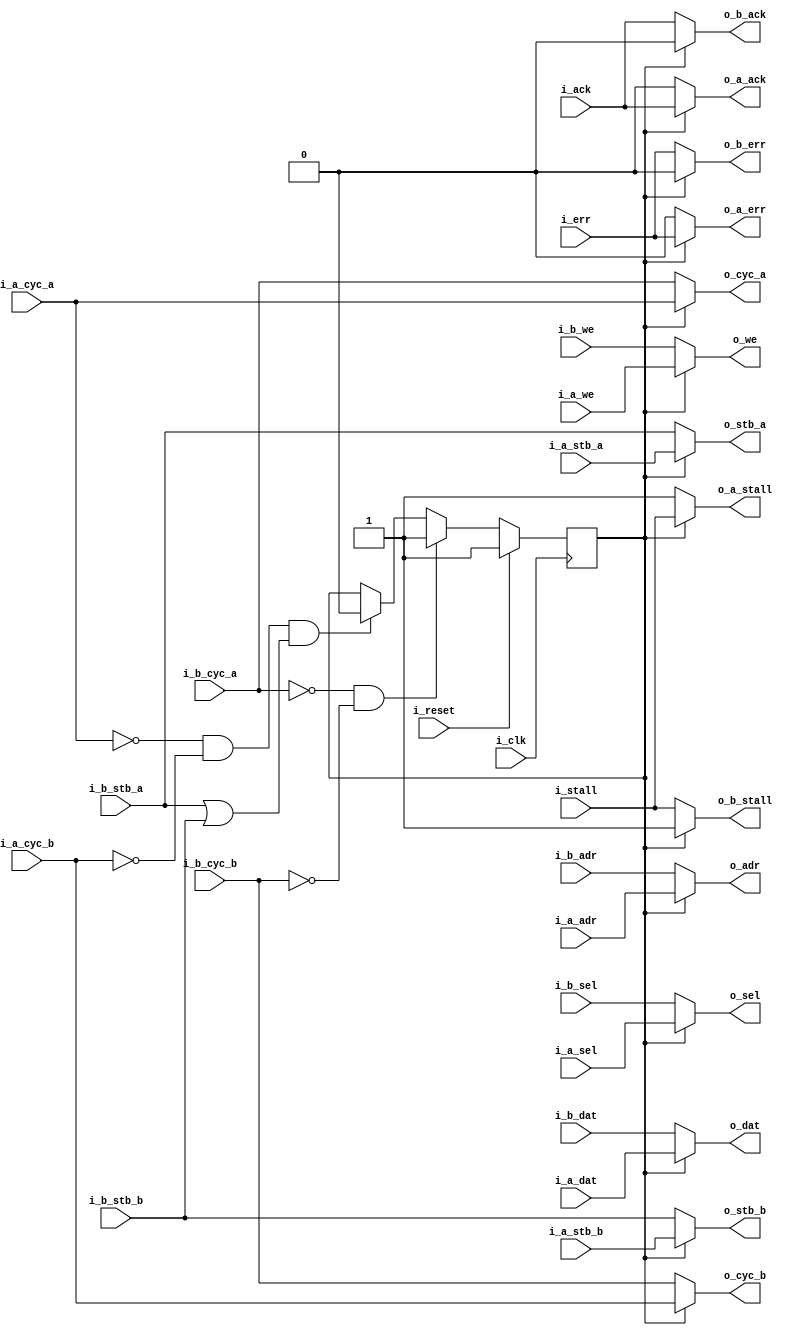
////////////////////////////////////////////////////////////////////////////////
//
//
// Project:	Zip CPU -- a small, lightweight, RISC CPU soft core
//
// Purpose:	This should almost be identical to the priority arbiter, save
//		for a simple diffence: it allows the arbitration of two
//	separate wishbone buses.  The purpose of this is to push the address
//	resolution back one cycle, so that by the first clock visible to this
//	core, it is known which of two parts of the bus the desired address
//	will be on, save that we still use the arbiter since the underlying
//	device doesn't know that there are two wishbone buses.
//
//	So at this point we've deviated from the WB spec somewhat, by allowing
//	two CYC and two STB lines.  Everything else is the same.  This allows
//	(in this case the Zip CPU) to determine whether or not the access
//	will be to the local ZipSystem bus or the external WB bus on the clock
//	before the local bus access, otherwise peripherals were needing to do
//	multiple device selection comparisons/test within a clock: 1) is this
//	for the local or external bus, and 2) is this referencing me as a
//	peripheral.  This then caused the ZipCPU to fail all timing specs.
//	By creating the two pairs of lines, CYC_A/STB_A and CYC_B/STB_B, the
//	determination of local vs external can be made one clock earlier
//	where there's still time for the logic, and the second comparison
//	now has time to complete.
//
//	So let me try to explain this again.  To use this arbiter, one of the
//	two masters sets CYC and STB before, only the master determines which
//	of two address spaces the CYC and STB apply to before the clock and
//	only sets the appropriate CYC and STB lines.  Then, on the clock tick,
//	the arbiter determines who gets *both* busses, as they both share every
//	other WB line. Thus, only one of CYC_A and CYC_B going out will ever
//	be high at a given time.
//
//	Hopefully this makes more sense than it sounds. If not, check out the
//	code below for a better explanation.
//
//	20150919 -- Added supported for the WB error signal.
//
//
// Creator:	Dan Gisselquist, Ph.D.
//		Gisselquist Technology, LLC
//
////////////////////////////////////////////////////////////////////////////////
//
// Copyright (C) 2015,2018-2020, Gisselquist Technology, LLC
//
// This program is free software (firmware): you can redistribute it and/or
// modify it under the terms of  the GNU General Public License as published
// by the Free Software Foundation, either version 3 of the License, or (at
// your option) any later version.
//
// This program is distributed in the hope that it will be useful, but WITHOUT
// ANY WARRANTY; without even the implied warranty of MERCHANTIBILITY or
// FITNESS FOR A PARTICULAR PURPOSE.  See the GNU General Public License
// for more details.
//
// You should have received a copy of the GNU General Public License along
// with this program.  (It's in the $(ROOT)/doc directory.  Run make with no
// target there if the PDF file isn't present.)  If not, see
// <http://www.gnu.org/licenses/> for a copy.
//
// License:	GPL, v3, as defined and found on www.gnu.org,
//		http://www.gnu.org/licenses/gpl.html
//
//
////////////////////////////////////////////////////////////////////////////////
//
//
`default_nettype	none
//
module	wbdblpriarb(i_clk, i_reset,
	// Bus A
	i_a_cyc_a,i_a_cyc_b,i_a_stb_a,i_a_stb_b,i_a_we,i_a_adr, i_a_dat, i_a_sel, o_a_stall, o_a_ack, o_a_err,
	// Bus B
	i_b_cyc_a,i_b_cyc_b,i_b_stb_a,i_b_stb_b,i_b_we,i_b_adr, i_b_dat, i_b_sel, o_b_stall, o_b_ack, o_b_err,
	// Both buses
	o_cyc_a, o_cyc_b, o_stb_a, o_stb_b, o_we, o_adr, o_dat, o_sel,
		i_stall, i_ack, i_err
	);

	parameter			DW=32, AW=32;
	//
	// ZERO_ON_IDLE uses more logic than the alternative.  It should be
	// useful for reducing power, as these circuits tend to drive wires
	// all the way across the design, but it may also slow down the master
	// clock.  I've used it as an option when using VERILATOR, 'cause
	// zeroing things on idle can make them stand out all the more when
	// staring at wires and dumps and such.
	parameter	[0:0]		OPT_ZERO_ON_IDLE = 1'b0;
	//
	//
	// Wishbone doesn't use an i_ce signal.  While it could, they dislike
	// what it would (might) do to the synchronous reset signal, i_reset.
	input	wire			i_clk, i_reset;
	// Bus A
	input	wire			i_a_cyc_a, i_a_cyc_b, i_a_stb_a, i_a_stb_b, i_a_we;
	input	wire	[(AW-1):0]	i_a_adr;
	input	wire	[(DW-1):0]	i_a_dat;
	input	wire	[(DW/8-1):0]	i_a_sel;
	output	wire			o_a_stall, o_a_ack, o_a_err;
	// Bus B
	input	wire			i_b_cyc_a, i_b_cyc_b, i_b_stb_a, i_b_stb_b, i_b_we;
	input	wire	[(AW-1):0]	i_b_adr;
	input	wire	[(DW-1):0]	i_b_dat;
	input	wire	[(DW/8-1):0]	i_b_sel;
	output	wire			o_b_stall, o_b_ack, o_b_err;
	//
	output	wire			o_cyc_a,o_cyc_b, o_stb_a, o_stb_b, o_we;
	output	wire	[(AW-1):0]	o_adr;
	output	wire	[(DW-1):0]	o_dat;
	output	wire	[(DW/8-1):0]	o_sel;
	input	wire			i_stall, i_ack, i_err;

	// All of our logic is really captured in the 'r_a_owner' register.
	// This register determines who owns the bus.  If no one is requesting
	// the bus, ownership goes to A on the next clock.  Otherwise, if B is
	// requesting the bus and A is not, then ownership goes to not A on
	// the next clock.  (Sounds simple ...)
	//
	// The CYC logic is here to make certain that, by the time we determine
	// who the bus owner is, we can do so based upon determined criteria.
	reg	r_a_owner;

	initial	r_a_owner = 1'b1;
	always @(posedge i_clk)
		if (i_reset)
			r_a_owner <= 1'b1;
		/*
		// Remain with the "last owner" until 1) the other bus requests
		// access, and 2) the last owner no longer wants it.  This
		// logic "idles" on the last owner.
		//
		// This is an alternating bus owner strategy
		//
		else if ((!o_cyc_a)&&(!o_cyc_b))
			r_a_owner <= ((i_b_stb_a)||(i_b_stb_b))? 1'b0:1'b1;
		//
		// Expanding this out
		//
		// else if ((r_a_owner)&&((i_a_cyc_a)||(i_a_cyc_b)))
		//		r_a_owner <= 1'b1;
		// else if ((!r_a_owner)&&((i_b_cyc_a)||(i_b_cyc_b)))
		//		r_a_owner <= 1'b0;
		// else if ((r_a_owner)&&((i_b_stb_a)||(i_b_stb_b)))
		//		r_a_owner <= 1'b0;
		// else if ((!r_a_owner)&&((i_a_stb_a)||(i_a_stb_b)))
		//		r_a_owner <= 1'b0;
		//
		// Logic required:
		//
		//	Reset line
		//	+ 9 inputs (data)
		//	+ 9 inputs (CE)
		//	Could be done with three LUTs
		//		First two evaluate o_cyc_a and o_cyc_b (above)
		*/
		// Option 2:
		//
		// "Idle" on A as the owner.
		// If a request is made from B, AND A is idle, THEN
		// switch.  Otherwise, if B is ever idle, revert back to A
		// regardless of whether A wants it or not.
		else if ((!i_b_cyc_a)&&(!i_b_cyc_b))
			r_a_owner <= 1'b1;
		else if ((!i_a_cyc_a)&&(!i_a_cyc_b)
				&&((i_b_stb_a)||(i_b_stb_b)))
			r_a_owner <= 1'b0;

	// Realistically, if neither master owns the bus, the output is a
	// don't care.  Thus we trigger off whether or not 'A' owns the bus.
	// If 'B' owns it all we care is that 'A' does not.  Likewise, if
	// neither owns the bus than the values on these various lines are
	// irrelevant.

	assign o_cyc_a = ((r_a_owner) ? i_a_cyc_a : i_b_cyc_a);
	assign o_cyc_b = ((r_a_owner) ? i_a_cyc_b : i_b_cyc_b);
	assign o_stb_a = (r_a_owner) ? i_a_stb_a : i_b_stb_a;
	assign o_stb_b = (r_a_owner) ? i_a_stb_b : i_b_stb_b;
	assign o_we    = (r_a_owner) ? i_a_we    : i_b_we;
	generate if (OPT_ZERO_ON_IDLE)
	begin
		wire	o_cyc, o_stb;
		assign	o_cyc     = ((o_cyc_a)||(o_cyc_b));
		assign	o_stb     = ((o_stb_a)||(o_stb_b));
		assign	o_adr     = (o_stb)?((r_a_owner) ? i_a_adr  : i_b_adr):0;
		assign	o_dat     = (o_stb)?((r_a_owner) ? i_a_dat  : i_b_dat):0;
		assign	o_sel     = (o_stb)?((r_a_owner) ? i_a_sel  : i_b_sel):0;
		assign	o_a_ack   = (o_cyc)&&( r_a_owner) ? i_ack   : 1'b0;
		assign	o_b_ack   = (o_cyc)&&(!r_a_owner) ? i_ack   : 1'b0;
		assign	o_a_stall = (o_cyc)&&( r_a_owner) ? i_stall : 1'b1;
		assign	o_b_stall = (o_cyc)&&(!r_a_owner) ? i_stall : 1'b1;
		assign	o_a_err   = (o_cyc)&&( r_a_owner) ? i_err : 1'b0;
		assign	o_b_err   = (o_cyc)&&(!r_a_owner) ? i_err : 1'b0;
	end else begin
		assign o_adr   = (r_a_owner) ? i_a_adr   : i_b_adr;
		assign o_dat   = (r_a_owner) ? i_a_dat   : i_b_dat;
		assign o_sel   = (r_a_owner) ? i_a_sel   : i_b_sel;

		// We cannot allow the return acknowledgement to ever go high if
		// the master in question does not own the bus.  Hence we force it
		// low if the particular master doesn't own the bus.
		assign	o_a_ack   = ( r_a_owner) ? i_ack   : 1'b0;
		assign	o_b_ack   = (!r_a_owner) ? i_ack   : 1'b0;

		// Stall must be asserted on the same cycle the input master asserts
		// the bus, if the bus isn't granted to him.
		assign	o_a_stall = ( r_a_owner) ? i_stall : 1'b1;
		assign	o_b_stall = (!r_a_owner) ? i_stall : 1'b1;

		//
		//
		assign	o_a_err = ( r_a_owner) ? i_err : 1'b0;
		assign	o_b_err = (!r_a_owner) ? i_err : 1'b0;
	end endgenerate

`ifdef	FORMAL
// The formal properties for this module are maintained elsewhere
`endif
endmodule